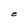
Character: e